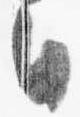
日